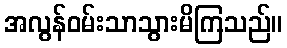
အလွန်ဝမ်းသာသွားမိကြသည်။